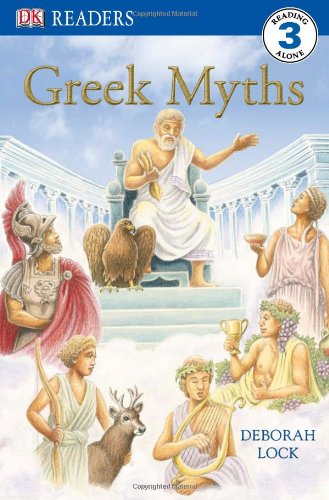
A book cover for DK Readers L3: Greek Myths; Deborah Lock; Children's Books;